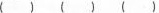
( ) ( ) ( )